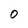
Character: O